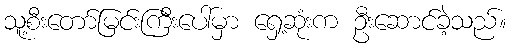
သူ့စီးတော်မြင်းကြီးပေါ်မှာ ရှေ့ဆုံးက ဦးဆောင်ခဲ့သည်။